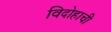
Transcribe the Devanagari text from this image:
विदोहाची